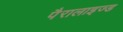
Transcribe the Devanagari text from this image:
पैरालाइज्ड